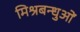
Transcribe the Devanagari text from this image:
मिश्रबन्धुओं